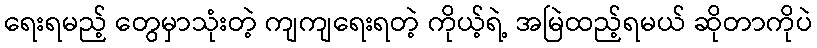
ရေးရမည့် တွေမှာသုံးတဲ့ ကျကျရေးရတဲ့ ကိုယ့်ရဲ့ အမြဲထည့်ရမယ် ဆိုတာကိုပဲ